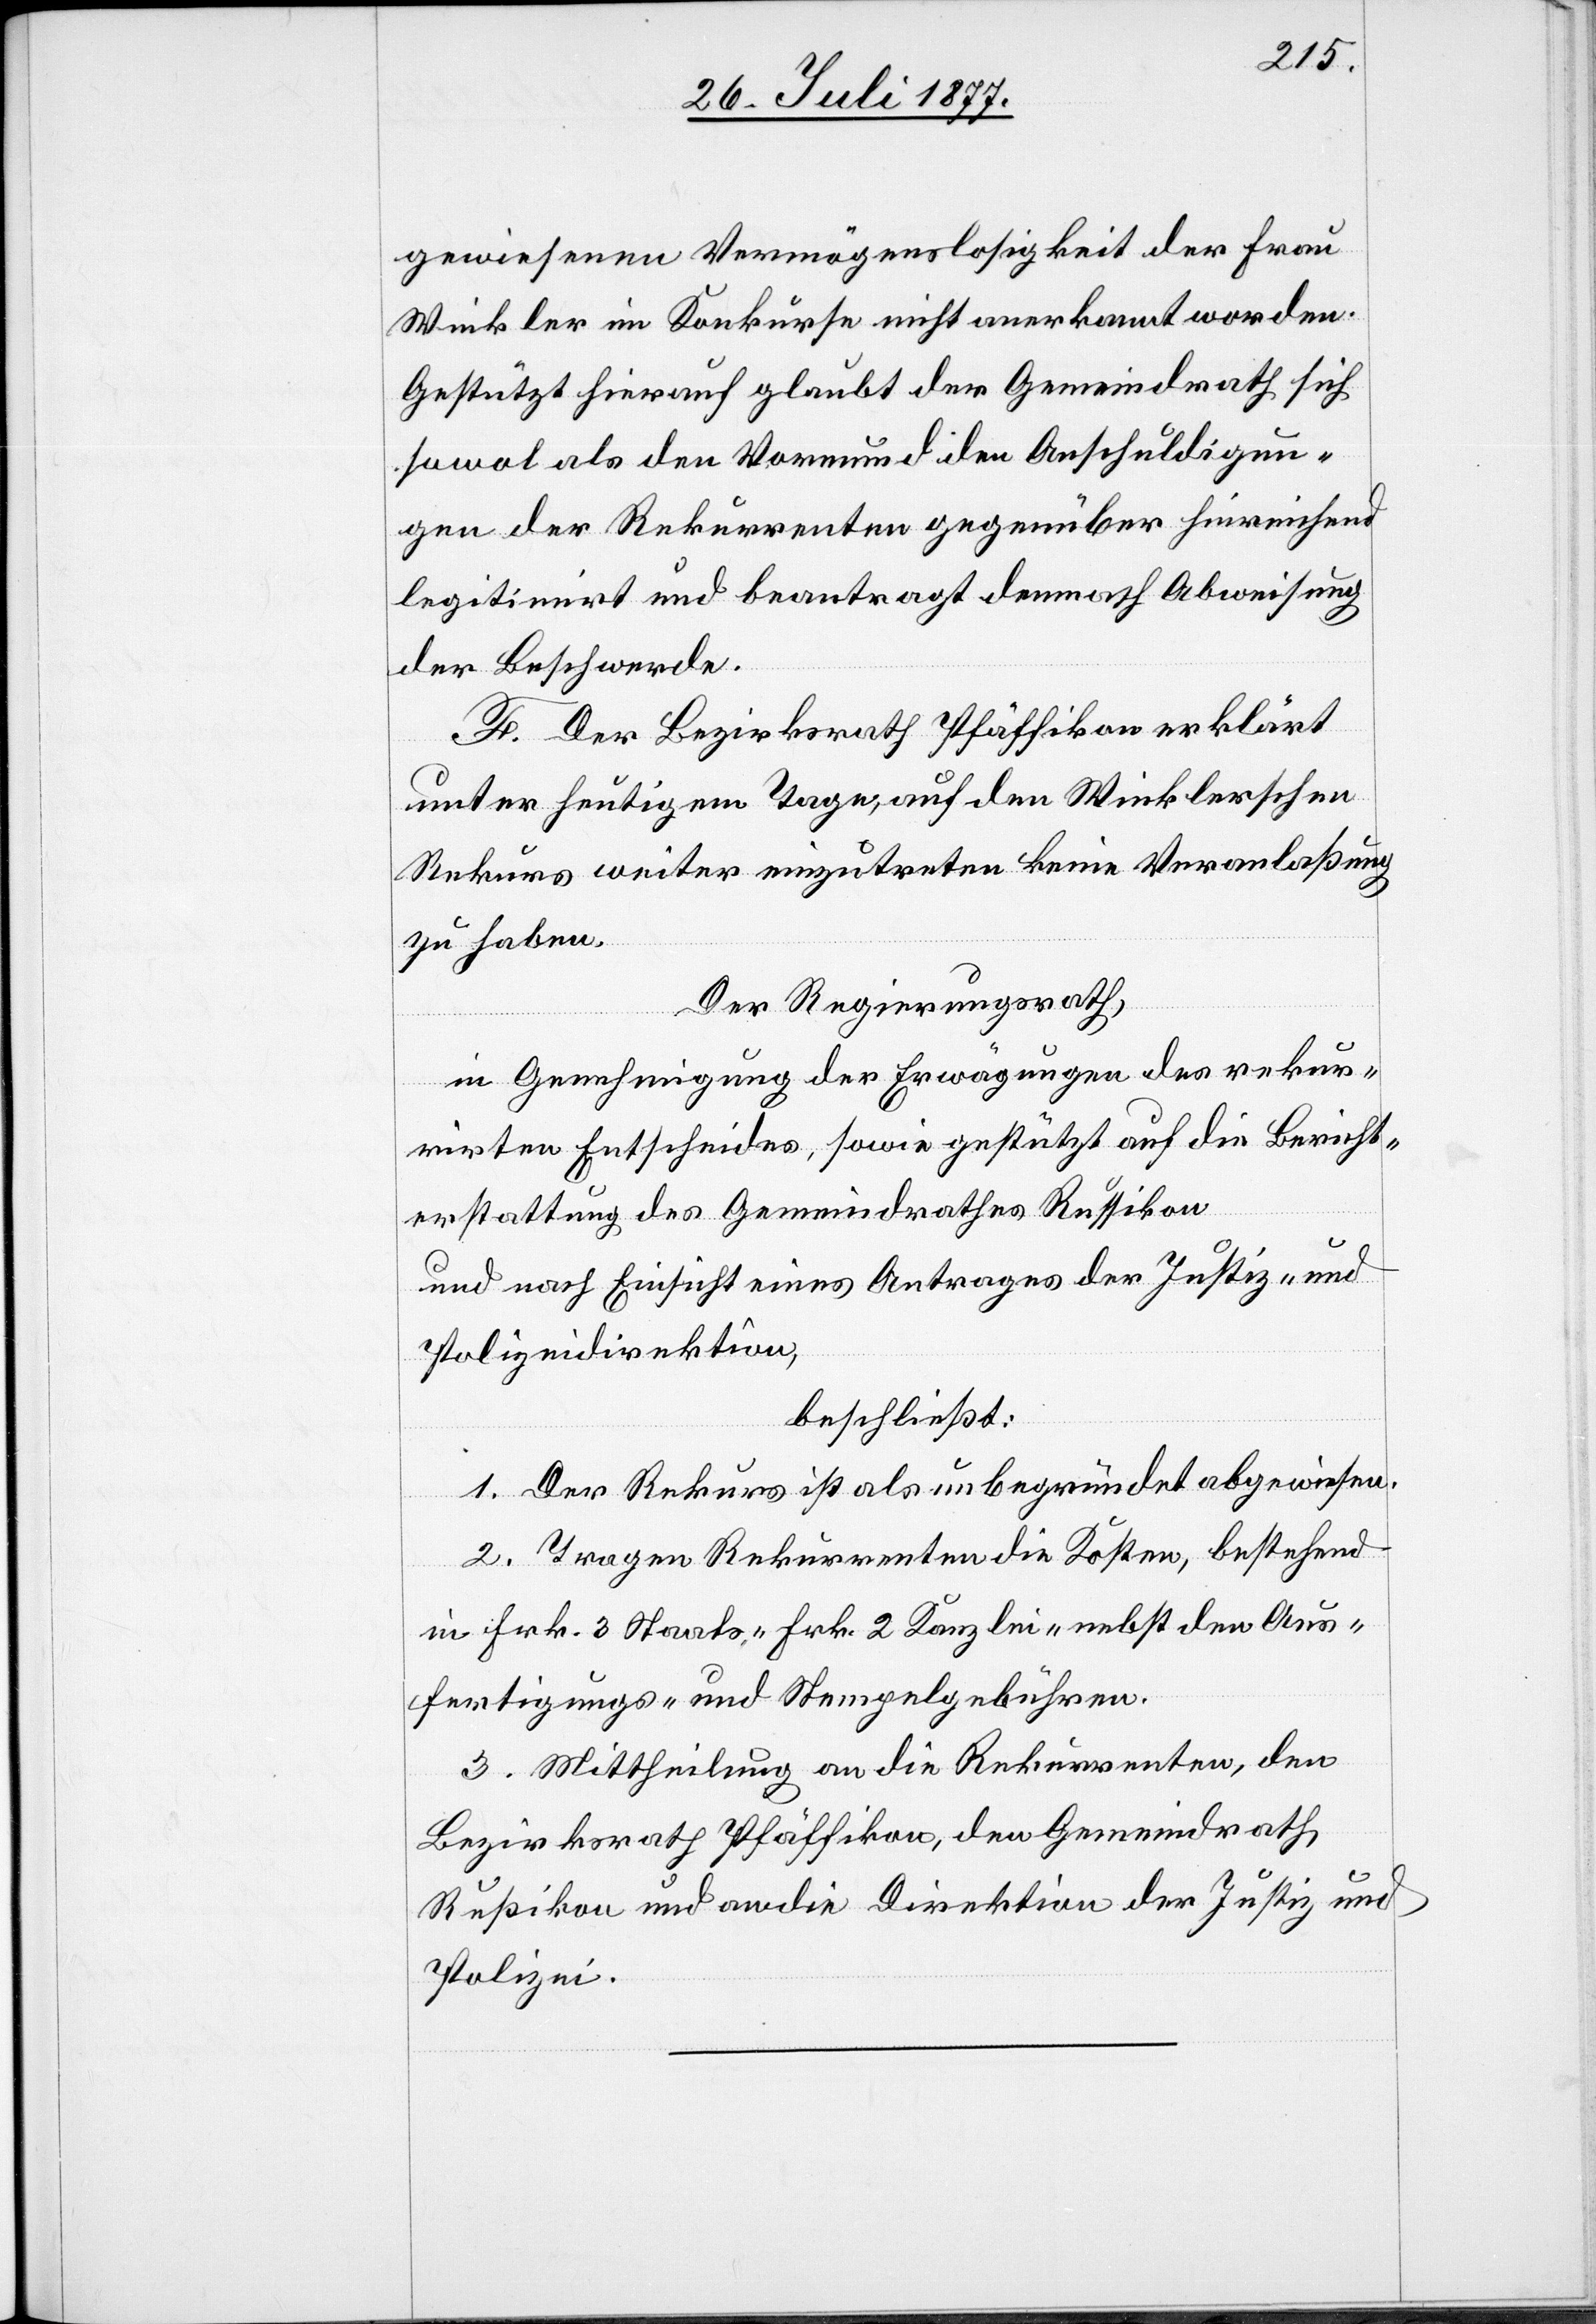
gewiesenen Vermögenslosigkeit der Frau
Winkler im Konkurse nicht anerkannt worden.
Gestützt hierauf glaubt der Gemeindrath sich
sowol als den Vormund den Anschuldigun¬
gen der Rekurrenten gegenüber hinreichend
legitimirt und beantragt demnach Abweisung
der Beschwerde.
F. Der Bezirksrath Pfäffikon erklärt
unter heutigem Tage, auf den Winklerschen
Rekurs weiter einzutreten keine Veranlaßung
zu haben.
Der Regierungsrath,
in Genehmigung der Erwägungen des rekur¬
rirten Entscheides, sowie gestützt auf die Bericht¬
erstattung des Gemeindrathes Russikon
und nach Einsicht eines Antrages der Justiz- und
Polizeidirektion,
beschließt:
1. Der Rekurs ist als unbegründet abgewiesen.
2. Tragen Rekurrenten die Kosten, bestehend
in Frk. 3 Staats-[,] Frk. 2 Kanzlei-[,] nebst den Aus¬
fertigungs- und Stempelgebühren.
3. Mittheilung an die Rekurrenten, den
Bezirksrath Pfäffikon, den Gemeindrath
Rußikon und an die Direktion der Justiz und
Polizei.